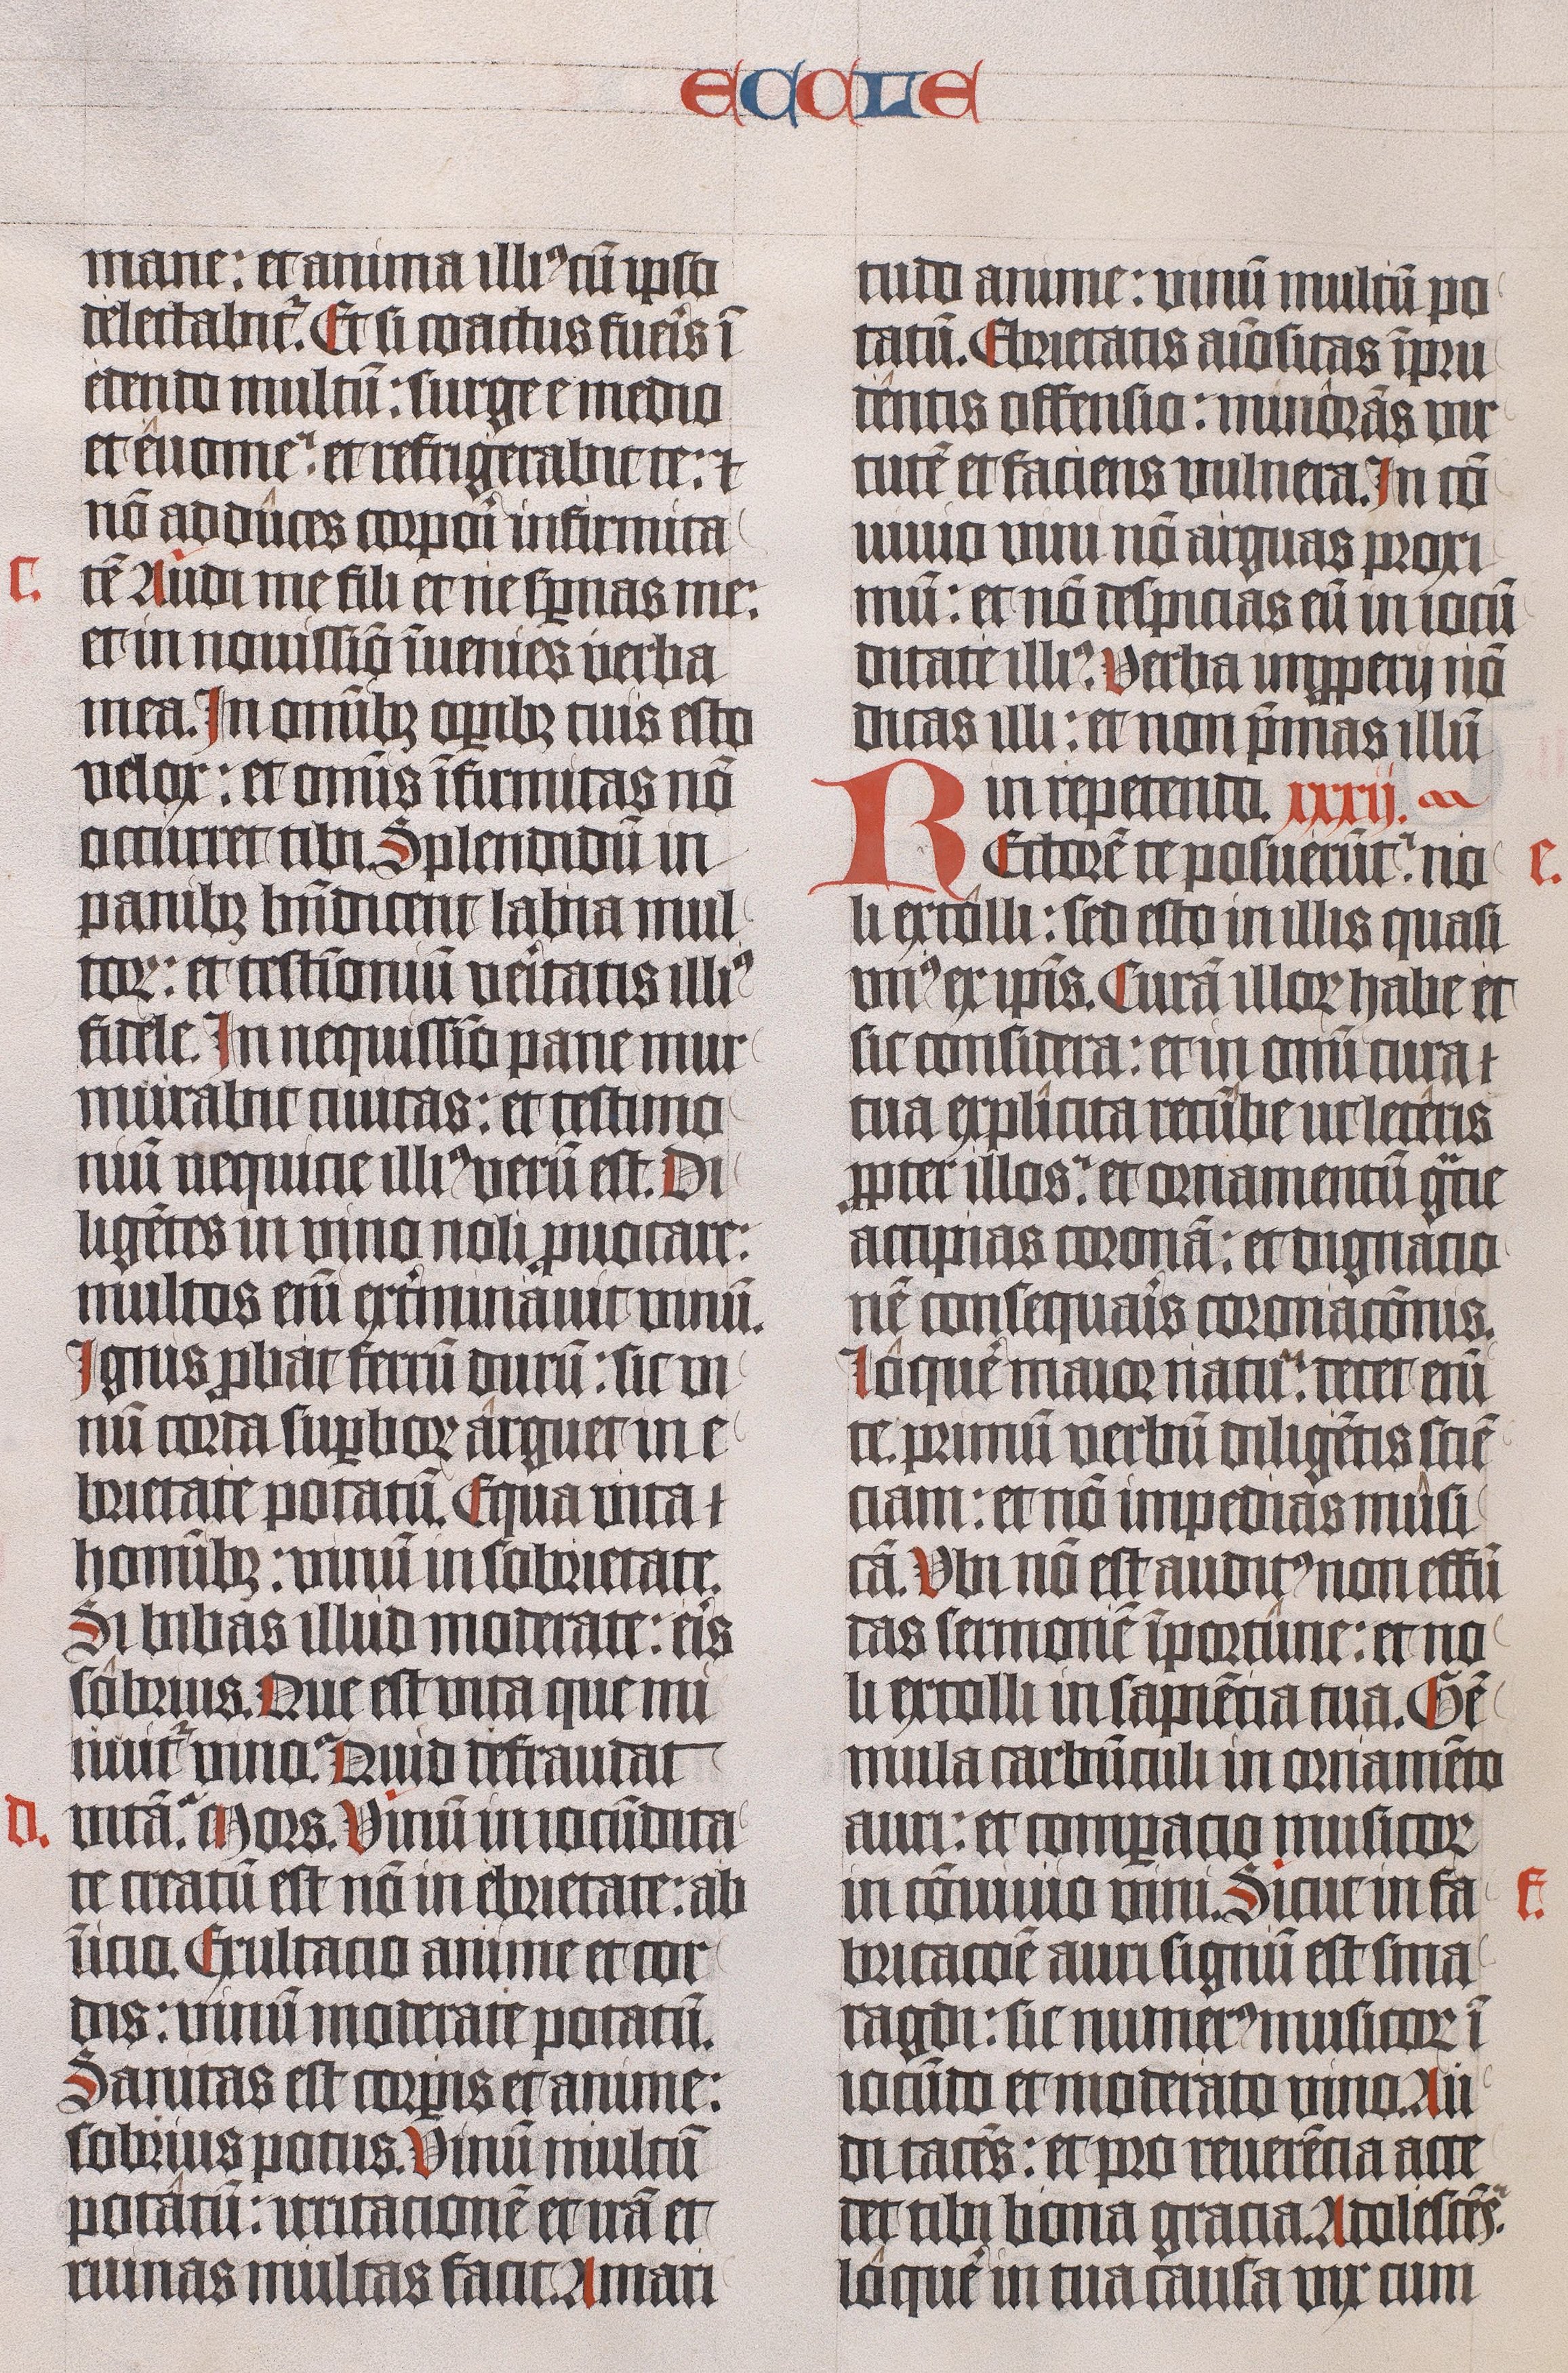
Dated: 1443–1443